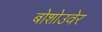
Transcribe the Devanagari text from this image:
बोशोउवेर